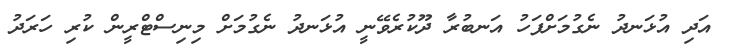
އަދި އުޅަނދު ނެގުމަށްފަހު އަނބުރާ ދޫކުރެވޭނީ އުޅަނދު ނެގުމަށް މިނިސްޓްރީން ކުރި ހަރަދު